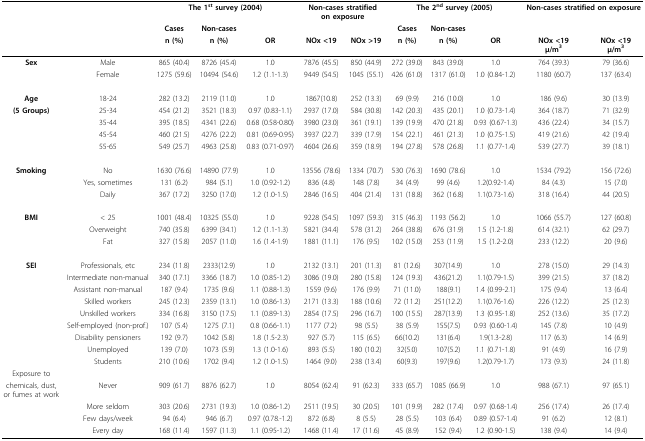
<table><thead><tr><td></td><td></td><td colspan="3"><b>The 1<sup>st </sup>survey (2004)</b></td><td colspan="2"><b>Non-cases stratified on exposure</b></td><td colspan="3"><b>The 2<sup>nd </sup>survey (2005)</b></td><td colspan="2"><b>Non-cases stratified on exposure</b></td></tr><tr><td></td><td></td><td><b>Cases</b></td><td><b>Non-cases</b></td><td></td><td></td><td></td><td><b>Cases</b></td><td><b>Non-cases</b></td><td></td><td></td><td></td></tr><tr><td></td><td></td><td><b>n (%)</b></td><td><b>n (%)</b></td><td><b>OR</b></td><td><b>NOx &lt;19</b></td><td><b>NOx &gt;19</b></td><td><b>n (%)</b></td><td><b>n (%)</b></td><td><b>OR</b></td><td><b>NOx &lt;19 μ/m<sup>3</sup></b></td><td><b>NOx &lt;19 μ/m<sup>3</sup></b></td></tr></thead><tbody><tr><td><b>Sex</b></td><td>Male</td><td>865 (40.4)</td><td>8726 (45.4)</td><td>1.0</td><td>7876 (45.5)</td><td>850 (44.9)</td><td>272 (39.0)</td><td>843 (39.0)</td><td>1.0</td><td>764 (39.3)</td><td>79 (36.6)</td></tr><tr><td></td><td>Female</td><td>1275 (59.6)</td><td>10494 (54.6)</td><td>1.2 (1.1-1.3)</td><td>9449 (54.5)</td><td>1045 (55.1)</td><td>426 (61.0)</td><td>1317 (61.0)</td><td>1.0 (0.84-1.2)</td><td>1180 (60.7)</td><td>137 (63.4)</td></tr><tr><td><b>Age </b></td><td>18-24</td><td>282 (13.2)</td><td>2119 (11.0)</td><td>1.0</td><td>1867(10.8)</td><td>252 (13.3)</td><td>69 (9.9)</td><td>216 (10.0)</td><td>1.0</td><td>186 (9.6)</td><td>30 (13.9)</td></tr><tr><td><b>(5 Groups)</b></td><td>25-34</td><td>454 (21.2)</td><td>3521 (18.3)</td><td>0.97 (0.83-1.1)</td><td>2937 (17.0)</td><td>584 (30.8)</td><td>142 (20.3)</td><td>435 (20.1)</td><td>1.0 (0.73-1.4)</td><td>364 (18.7)</td><td>71 (32.9)</td></tr><tr><td></td><td>35-44</td><td>395 (18.5)</td><td>4341 (22.6)</td><td>0.68 (0.58-0.80)</td><td>3980 (23.0)</td><td>361 (19.1)</td><td>139 (19.9)</td><td>470 (21.8)</td><td>0.93 (0.67-1.3)</td><td>436 (22.4)</td><td>34 (15.7)</td></tr><tr><td></td><td>45-54</td><td>460 (21.5)</td><td>4276 (22.2)</td><td>0.81 (0.69-0.95)</td><td>3937 (22.7)</td><td>339 (17.9)</td><td>154 (22.1)</td><td>461 (21.3)</td><td>1.0 (0.75-1.5)</td><td>419 (21.6)</td><td>42 (19.4)</td></tr><tr><td></td><td>55-65</td><td>549 (25.7)</td><td>4963 (25.8)</td><td>0.83 (0.71-0.97)</td><td>4604 (26.6)</td><td>359 (18.9)</td><td>194 (27.8)</td><td>578 (26.8)</td><td>1.1 (0.77-1.4)</td><td>539 (27.7)</td><td>39 (18.1)</td></tr><tr><td><b>Smoking</b></td><td>No</td><td>1630 (76.6)</td><td>14890 (77.9)</td><td>1.0</td><td>13556 (78.6)</td><td>1334 (70.7)</td><td>530 (76.3)</td><td>1690 (78.6)</td><td>1.0</td><td>1534 (79.2)</td><td>156 (72.6)</td></tr><tr><td></td><td>Yes, sometimes</td><td>131 (6.2)</td><td>984 (5.1)</td><td>1.0 (0.92-1.2)</td><td>836 (4.8)</td><td>148 (7.8)</td><td>34 (4.9)</td><td>99 (4.6)</td><td>1.2(0.92-1.4)</td><td>84 (4.3)</td><td>15 (7.0)</td></tr><tr><td></td><td>Daily</td><td>367 (17.2)</td><td>3250 (17.0)</td><td>1.2 (1.0-1.5)</td><td>2846 (16.5)</td><td>404 (21.4)</td><td>131 (18.8)</td><td>362 (16.8)</td><td>1.1(0.73-1.6)</td><td>318 (16.4)</td><td>44 (20.5)</td></tr><tr><td><b>BMI</b></td><td>&lt; 25</td><td>1001 (48.4)</td><td>10325 (55.0)</td><td>1.0</td><td>9228 (54.5)</td><td>1097 (59.3)</td><td>315 (46.3)</td><td>1193 (56.2)</td><td>1.0</td><td>1066 (55.7)</td><td>127 (60.8)</td></tr><tr><td></td><td>Overweight</td><td>740 (35.8)</td><td>6399 (34.1)</td><td>1.2 (1.1-1.3)</td><td>5821 (34.4)</td><td>578 (31.2)</td><td>264 (38.8)</td><td>676 (31.9)</td><td>1.5 (1.2-1.8)</td><td>614 (32.1)</td><td>62 (29.7)</td></tr><tr><td></td><td>Fat</td><td>327 (15.8)</td><td>2057 (11.0)</td><td>1.6 (1.4-1.9)</td><td>1881 (11.1)</td><td>176 (9.5)</td><td>102 (15.0)</td><td>253 (11.9)</td><td>1.5 (1.2-2.0)</td><td>233 (12.2)</td><td>20 (9.6)</td></tr><tr><td><b>SEI</b></td><td>Professionals, etc</td><td>234 (11.8)</td><td>2333(12.9)</td><td>1.0</td><td>2132 (13.1)</td><td>201 (11.3)</td><td>81 (12.6)</td><td>307(14.9)</td><td>1.0</td><td>278 (15.0)</td><td>29 (14.3)</td></tr><tr><td></td><td>Intermediate non-manual</td><td>340 (17.1)</td><td>3366 (18.7)</td><td>1.0 (0.85-1.2)</td><td>3086 (19.0)</td><td>280 (15.8)</td><td>124 (19.3)</td><td>436(21.2)</td><td>1.1(0.79-1.5)</td><td>399 (21.5)</td><td>37 (18.2)</td></tr><tr><td></td><td>Assistant non-manual</td><td>187 (9.4)</td><td>1735 (9.6)</td><td>1.1 (0.88-1.3)</td><td>1559 (9.6)</td><td>176 (9.9)</td><td>71 (11.0)</td><td>188(9.1)</td><td>1.4 (0.99-2.1)</td><td>175 (9.4)</td><td>13 (6.4)</td></tr><tr><td></td><td>Skilled workers</td><td>245 (12.3)</td><td>2359 (13.1)</td><td>1.0 (0.86-1.3)</td><td>2171 (13.3)</td><td>188 (10.6)</td><td>72 (11.2)</td><td>251(12.2)</td><td>1.1(0.76-1.6)</td><td>226 (12.2)</td><td>25 (12.3)</td></tr><tr><td></td><td>Unskilled workers</td><td>334 (16.8)</td><td>3150 (17.5)</td><td>1.1 (0.89-1.3)</td><td>2854 (17.5)</td><td>296 (16.7)</td><td>100 (15.5)</td><td>287(13.9)</td><td>1.3 (0.95-1.8)</td><td>252 (13.6)</td><td>35 (17.2)</td></tr><tr><td></td><td>Self-employed (non-prof.)</td><td>107 (5.4)</td><td>1275 (7.1)</td><td>0.8 (0.66-1.1)</td><td>1177 (7.2)</td><td>98 (5.5)</td><td>38 (5.9)</td><td>155(7.5)</td><td>0.93 (0.60-1.4)</td><td>145 (7.8)</td><td>10 (4.9)</td></tr><tr><td></td><td>Disability pensioners</td><td>192 (9.7)</td><td>1042 (5.8)</td><td>1.8 (1.5-2.3)</td><td>927 (5.7)</td><td>115 (6.5)</td><td>66(10.2)</td><td>131(6.4)</td><td>1.9(1.3-2.8)</td><td>117 (6.3)</td><td>14 (6.9)</td></tr><tr><td></td><td>Unemployed</td><td>139 (7.0)</td><td>1073 (5.9)</td><td>1.3 (1.0-1.6)</td><td>893 (5.5)</td><td>180 (10.2)</td><td>32(5.0)</td><td>107(5.2)</td><td>1.1 (0.71-1.8)</td><td>91 (4.9)</td><td>16 (7.9)</td></tr><tr><td></td><td>Students</td><td>210 (10.6)</td><td>1702 (9.4)</td><td>1.2 (1.0-1.5)</td><td>1464 (9.0)</td><td>238 (13.4)</td><td>60(9.3)</td><td>197(9.6)</td><td>1.2(0.79-1.7)</td><td>173 (9.3)</td><td>24 (11.8)</td></tr><tr><td>Exposure to </td><td></td><td></td><td></td><td></td><td></td><td></td><td></td><td></td><td></td><td></td><td></td></tr><tr><td>chemicals, dust, or fumes at work</td><td>Never</td><td>909 (61.7)</td><td>8876 (62.7)</td><td>1.0</td><td>8054 (62.4)</td><td>91 (62.3)</td><td>333 (65.7)</td><td>1085 (66.9)</td><td>1.0</td><td>988 (67.1)</td><td>97 (65.1)</td></tr><tr><td></td><td>More seldom</td><td>303 (20.6)</td><td>2731 (19.3)</td><td>1.0 (0.86-1.2)</td><td>2511 (19.5)</td><td>30 (20.5)</td><td>101 (19.9)</td><td>282 (17.4)</td><td>0.97 (0.68-1.4)</td><td>256 (17.4)</td><td>26 (17.4)</td></tr><tr><td></td><td>Few days/week</td><td>94 (6.4)</td><td>946 (6.7)</td><td>0.97 (0.78.-1.2)</td><td>872 (6.8)</td><td>8 (5.5)</td><td>28 (5.5)</td><td>103 (6.4)</td><td>0.89 (0.57-1.4)</td><td>91 (6.2)</td><td>12 (8.1)</td></tr><tr><td></td><td>Every day</td><td>168 (11.4)</td><td>1597 (11.3)</td><td>1.1 (0.95-1.2)</td><td>1468 (11.4)</td><td>17 (11.6)</td><td>45 (8.9)</td><td>152 (9.4)</td><td>1.2 (0.90-1.5)</td><td>138 (9.4)</td><td>14 (9.4)</td></tr></tbody></table>